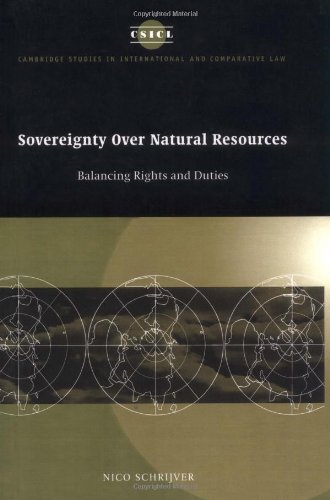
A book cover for Sovereignty over Natural Resources: Balancing Rights and Duties (Cambridge Studies in International and Comparative Law); Nico Schrijver; Law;